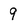
Character: 9